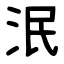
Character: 泯